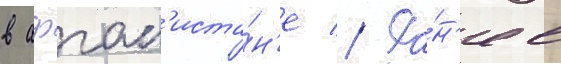
в афган'иста́н'е // Ра́н'ее